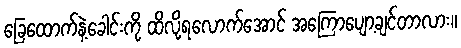
ခြေထောက်နဲ့ခေါင်းကို ထိလို့ရလောက်အောင် အကြောပျော့ချင်တာလား။